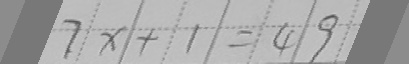
7 x + 1 = 4 9